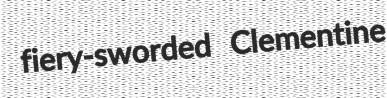
fiery-sworded Clementine